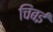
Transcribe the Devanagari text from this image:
चिंबई